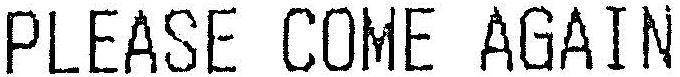
PLEASE COME AGAIN